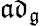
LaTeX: {\mathfrak{ad}}_{\mathfrak{g}}